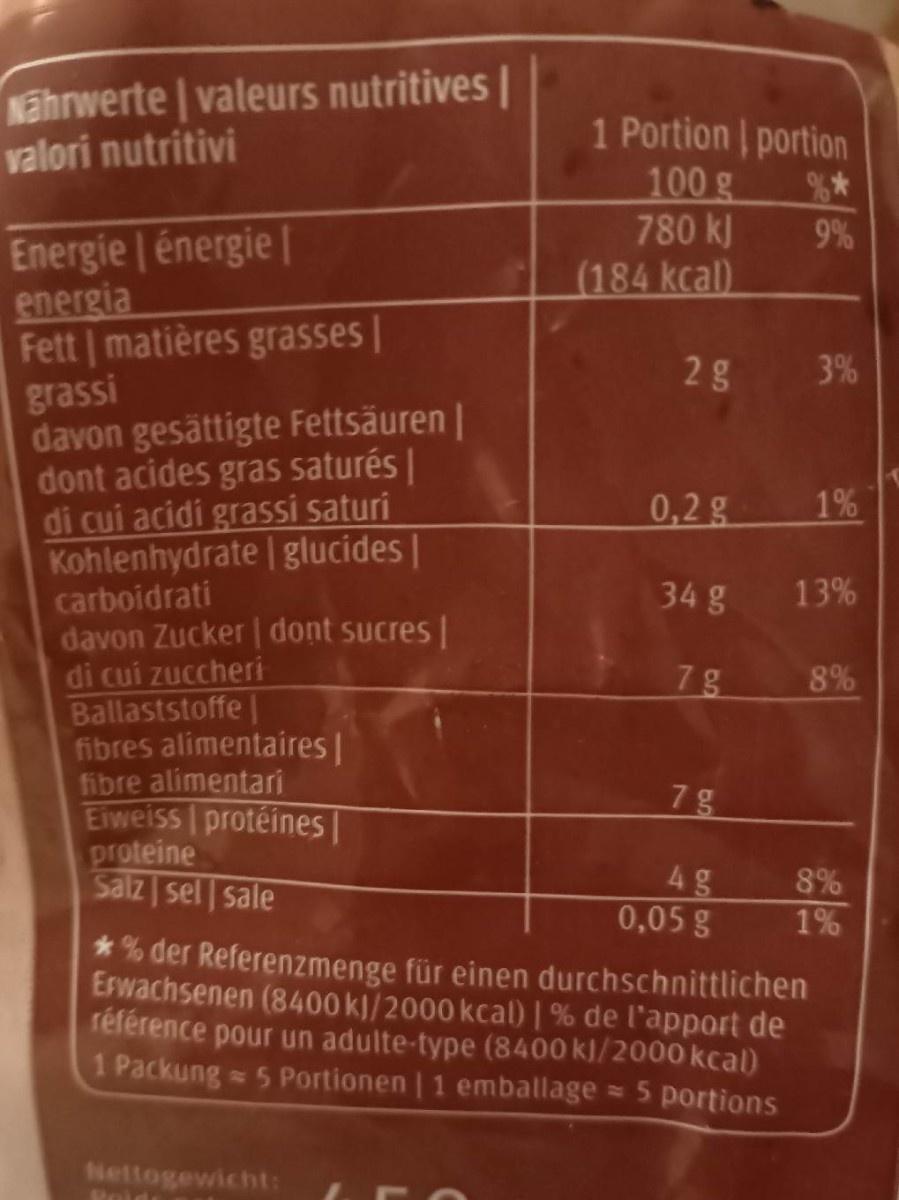
Nährwerte | valeurs nutritives | valori nutritivi
1 Portion portion 100 g 780 kJ (184 kcal).
9%
Energie | énergie | energia Fett matières grasses | grassi davon gesättigte Fettsäuren | dont acides gras saturés | di cui acidi grassi saturi Kohlenhydrate | glucides | carboidrati davon Zucker dont sucres | di cuí zuccheri Ballaststoffe | fibres alimentaires| fibre alimentari Eiweiss protéines| proteine Salz sel sale
3%
0,2g
1%
34 g
13%
7g
8%
7 g
4g
8%
0,05 g
1% *% der Referenzmenge für einen durchschnittlichen Erwachsenen (8400 kJ/2000 kcal)| % de l'apport de référence pour un adulte-type (8400 kl/2000 kcal) 1 Packung 5 Portionen | 1 emballage = 5 portions
Nettogewicht:
Poid
2)